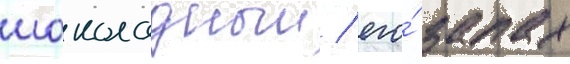
шоколадныи / его́ запах